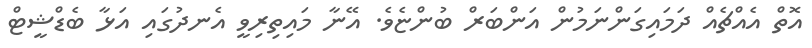
އޮތް އެއްޗެއް ދަމައިގަންނަމުން އަންބަރް ބުންޏެވެ. އޭނާ މައިތިރިވީ އެނދުގައި އަޅާ ބެޑްޝީޓް